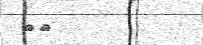
١٣